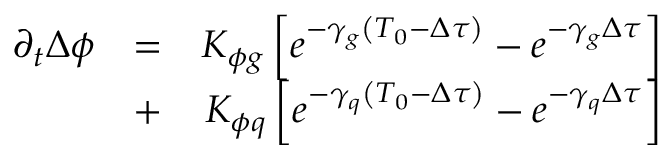
\begin{array} { r l r } { \partial _ { t } \Delta \phi } & { = } & { K _ { \phi g } \left[ e ^ { - \gamma _ { g } \left( T _ { 0 } - \Delta \tau \right) } - e ^ { - \gamma _ { g } \Delta \tau } \right] } \\ & { + } & { K _ { \phi q } \left[ e ^ { - \gamma _ { q } \left( T _ { 0 } - \Delta \tau \right) } - e ^ { - \gamma _ { q } \Delta \tau } \right] } \end{array}